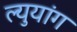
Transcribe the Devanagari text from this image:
ल्युयांग